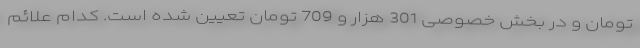
تومان و در بخش خصوصی 301 هزار و 709 تومان تعیین شده است. کدام علائم